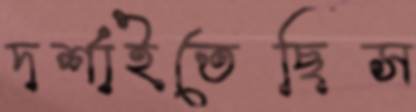
দর্শাইতেছিস